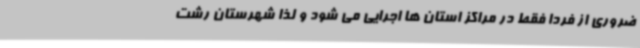
ضروری از فردا فقط در مراکز استان ها اجرایی می شود و لذا شهرستان رشت